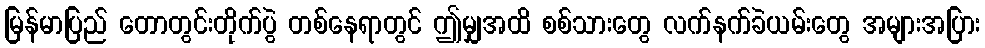
မြန်မာပြည် တောတွင်းတိုက်ပွဲ တစ်နေရာတွင် ဤမျှအထိ စစ်သားတွေ လက်နက်ခဲယမ်းတွေ အများအပြား